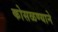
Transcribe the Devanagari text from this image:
कोसळण्याने